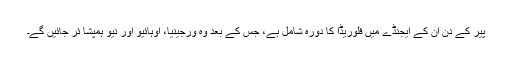
پیر کے دِن اُن کے ایجنڈے میں فلوریڈا کا دورہ شامل ہے، جس کے بعد وہ ورجینیا، اوہائیو اور نیو ہمپشا ئر جائیں گے۔